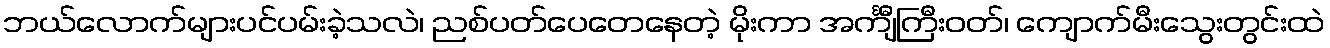
ဘယ်လောက်များပင်ပမ်းခဲ့သလဲ၊ ညစ်ပတ်ပေတေနေတဲ့ မိုးကာ အင်္ကျီကြီးဝတ်၊ ကျောက်မီးသွေးတွင်းထဲ